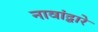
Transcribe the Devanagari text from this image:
नावांद्वारे